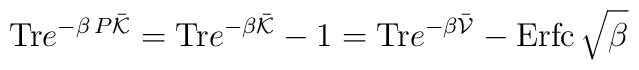
{\rm Tr} e^{-\beta\, P \bar{{\cal K}}}={\rm Tr} e^{-\beta\bar{{\cal K}}}-1={\rm Tr} e^{-\beta \bar{{\cal V}}}-{\rm Erfc}\,\sqrt{\beta}